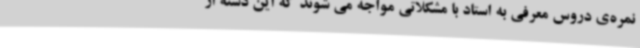
نمره‌ی دروس معرفی به استاد با مشکلاتی مواجه می شوند که این دسته از